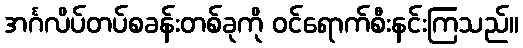
အင်္ဂလိပ်တပ်စခန်းတစ်ခုကို ဝင်ရောက်စီးနင်းကြသည်။